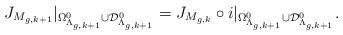
LaTeX: \begin{align*}J_{M_{g,k+1}}|_{\Omega_{\Lambda_{g,k+1}}^{0}\cup{\mathcal D}_{\Lambda_{g,k+1}}^{0}}=J_{M_{g,k}}\circ i|_{\Omega_{\Lambda_{g,k+1}}^{0}\cup{\mathcal D}_{\Lambda_{g,k+1}}^{0}}.\end{align*}